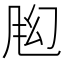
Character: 𬱶